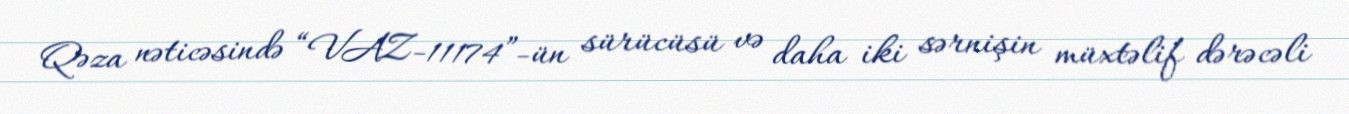
Qəza nəticəsində “VAZ-11174”-ün sürücüsü və daha iki sərnişin müxtəlif dərəcəli